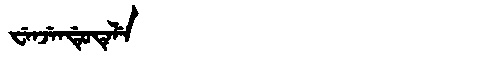
Manchu: ᠸᡝᠨᠵᡝᠨᡩᡠᡨᡝᠯᡝ
Romanization: WENJENDUTELE